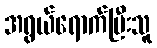
အရွယ်ရောက်ပြီးသူ